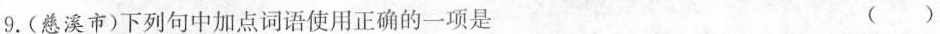
9.(慈溪市)下列句中加点词语使用正确的一项是 ( )